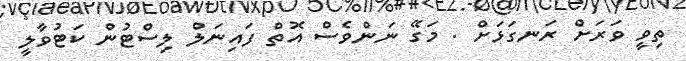
ތިވީ ވަރަށް ރަނގަޅަށް . މަގޭ ނަންވެސް އޮތް ފައިނަލް ލިސްޓުން ކަޓުވާލީ